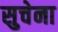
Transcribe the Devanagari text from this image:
सुचेना